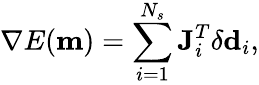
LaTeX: \nabla E(\mathbf{m})=\sum_{i=1}^{N_{s}}\mathbf{J}_{i}^{T}\delta\mathbf{d}_{i},